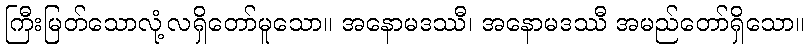
ကြီးမြတ်သောလုံ့လရှိတော်မူသော။ အနောမဒဿီ၊ အနောမဒဿီ အမည်တော်ရှိသော။